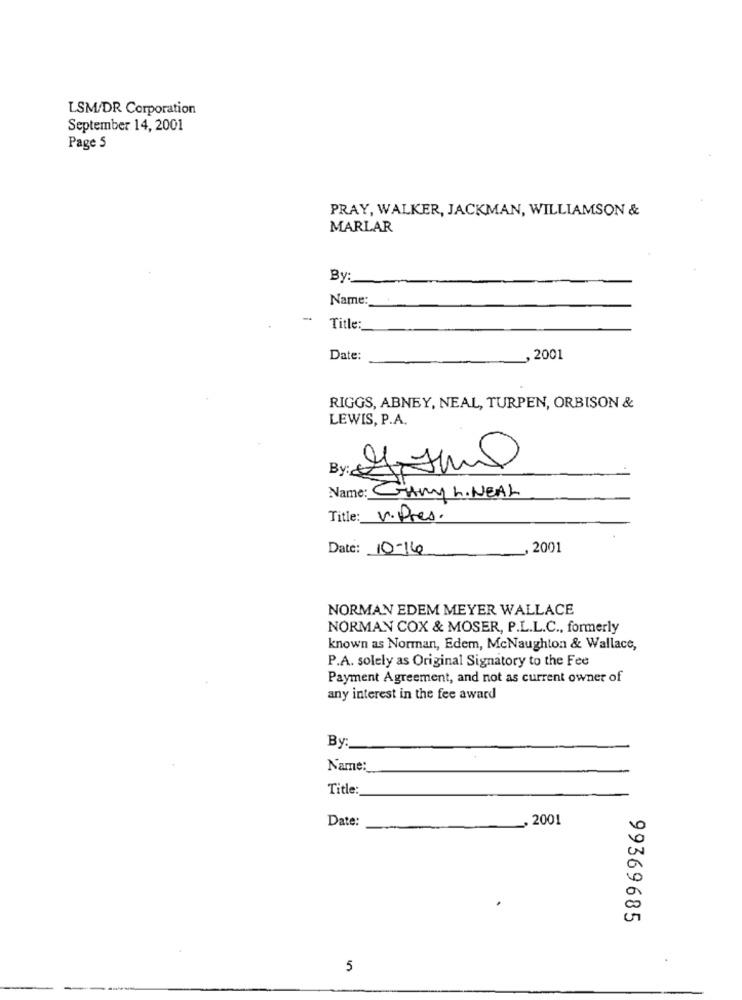
LSM/DR Corporation
September 14, 2001
Page 5
PRAY, WALKER, JACKMAN, WILLIAMSON &
MARLAR
By :_
Name:
Title:
Date:
, 2001
RIGGS, ABNEY, NEAL, TURPEN, ORBISON &
LEWIS, P.A.
By: cz
Name: GARY L.NEAL
Title: v.Pres.
Date: 10-14
2001
NORMAN EDEM MEYER WALLACE
NORMAN COX & MOSER, P.L.L.C ., formerly
known as Norman, Edem, McNaughton & Wallace,
P.A. solely as Original Signatory to the Fee
Payment Agreement, and not as current owner of
any interest in the fee award
By:
Name:
Title:
Date:
, 2001
99369685
5